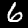
Digit: 6